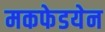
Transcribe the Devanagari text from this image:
मकफेडयेन